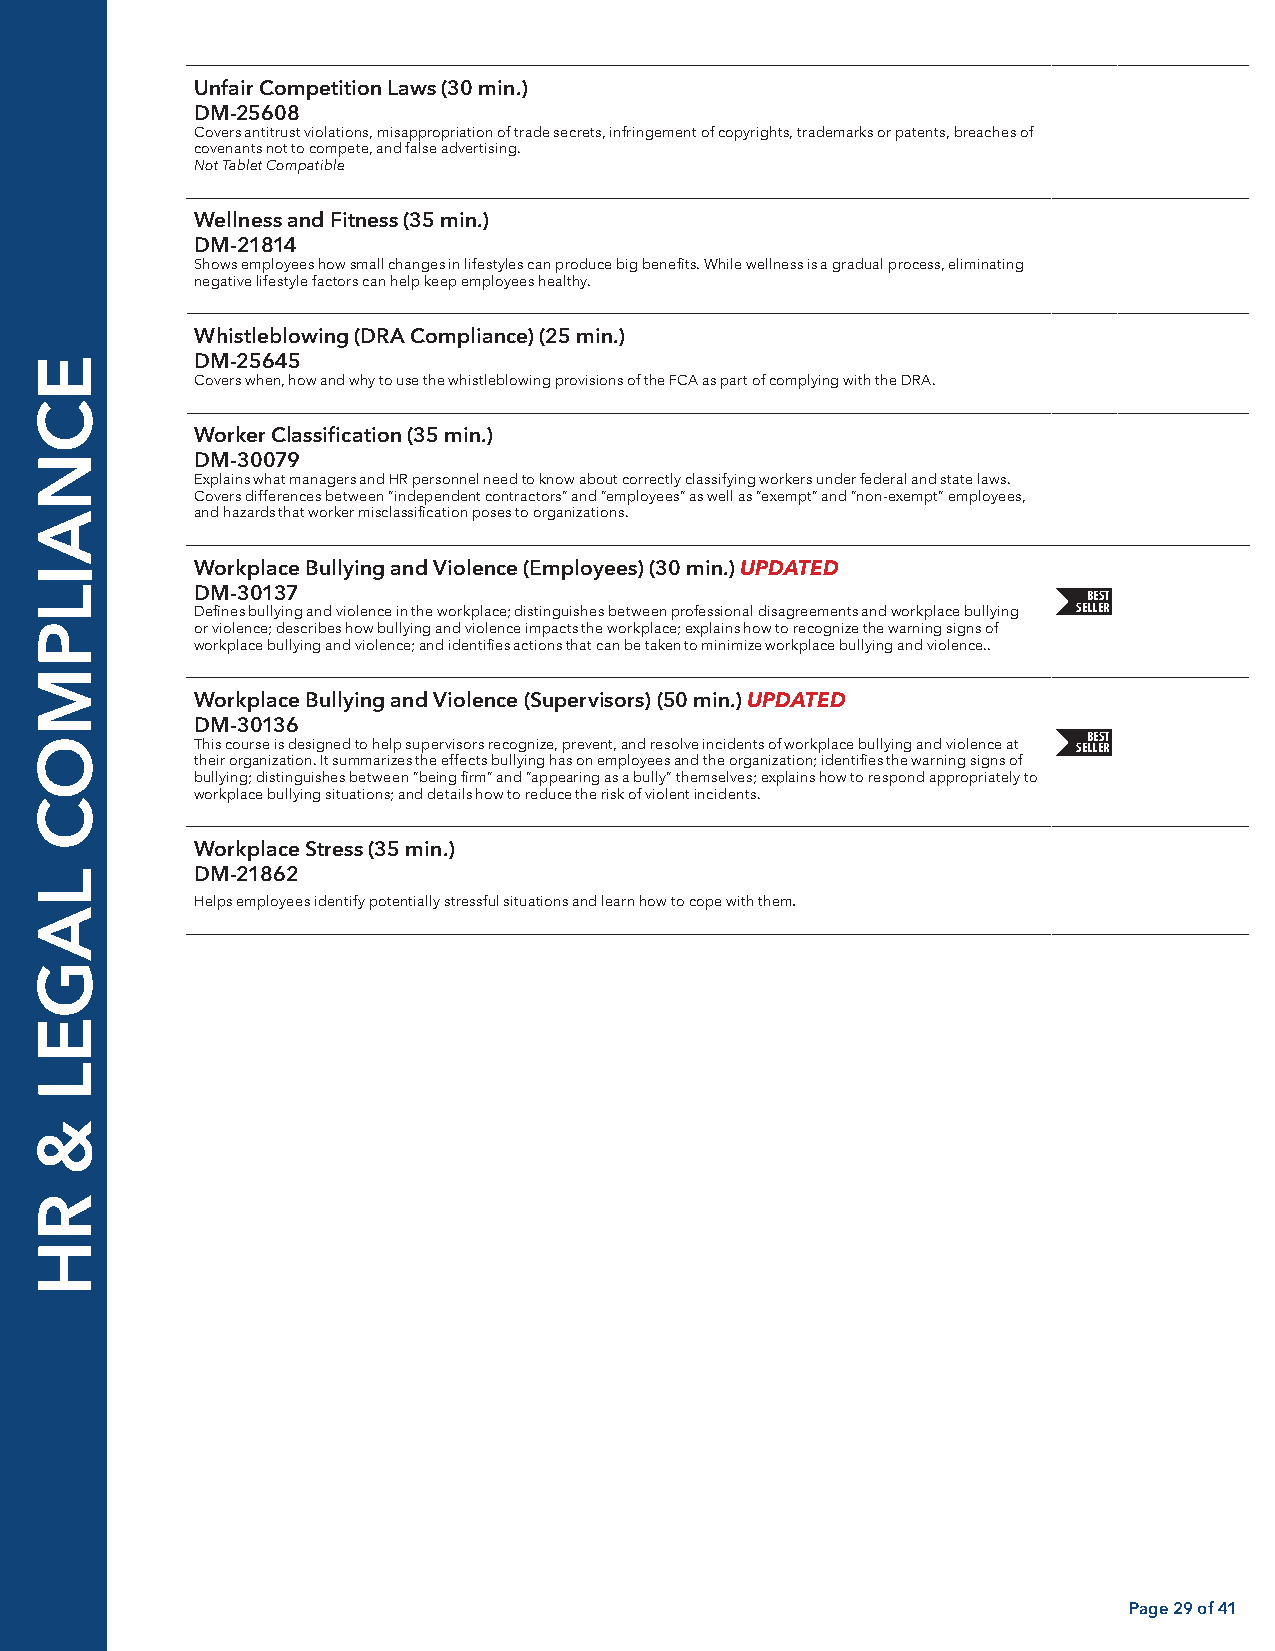
Unfair Competition Laws (30 min.)
 DM-25608
 Covers antitrust violations, misappropriation of trade secrets, infringement of copyrights, trademarks or patents, breaches of
 covenants not to compete, and false advertising.
 Not Tablet Compatible
 Wellness and Fitness (35 min.)
 DM-21814
 Shows employees how small changes in lifestyles can produce big benefits. While wellness is a gradual process, eliminating
 negative lifestyle factors can help keep employees healthy.
 Whistleblowing (DRA Compliance) (25 min.)
 DM-25645
 Covers when, how and why to use the whistleblowing provisions of the FCA as part of complying with the DRA.
 Worker Classification (35 min.)
 DM-30079
 Explains what managers and HR personnel need to know about correctly classifying workers under federal and state laws.
 Covers differences between “independent contractors” and “employees” as well as “exempt” and “non-exempt” employees,
 and hazards that worker misclassification poses to organizations.
 Workplace Bullying and Violence (Employees) (30 min.) UPDATED
 DM-30137                                                   BEST
 SELLER
 Defines bullying and violence in the workplace; distinguishes between professional disagreements and workplace bullying
 or violence; describes how bullying and violence impacts the workplace; explains how to recognize the warning signs of
 workplace bullying and violence; and identifies actions that can be taken to minimize workplace bullying and violence..
 Workplace Bullying and Violence (Supervisors) (50 min.) UPDATED
 DM-30136
 BEST
 This course is designed to help supervisors recognize, prevent, and resolve incidents of workplace bullying and violence at SELLER
 their organization. It summarizes the effects bullying has on employees and the organization; identifies the warning signs of
 bullying; distinguishes between “being firm” and “appearing as a bully” themselves; explains how to respond appropriately to
 workplace bullying situations; and details how to reduce the risk of violent incidents.
 Workplace Stress (35 min.)
 DM-21862
 .
 Helps employees identify potentially stressful situations and learn how to cope with them
 Page 29 of 41
 ECNAILPMOC
 LAGEL
 &
 RH